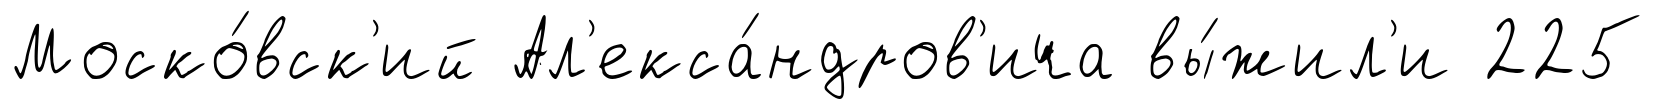
Моско́вск'ий Ал'екса́ндров'ича вы́жил'и 225